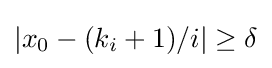
|x_{0}-(k_{i}+1)/i|\geq \delta